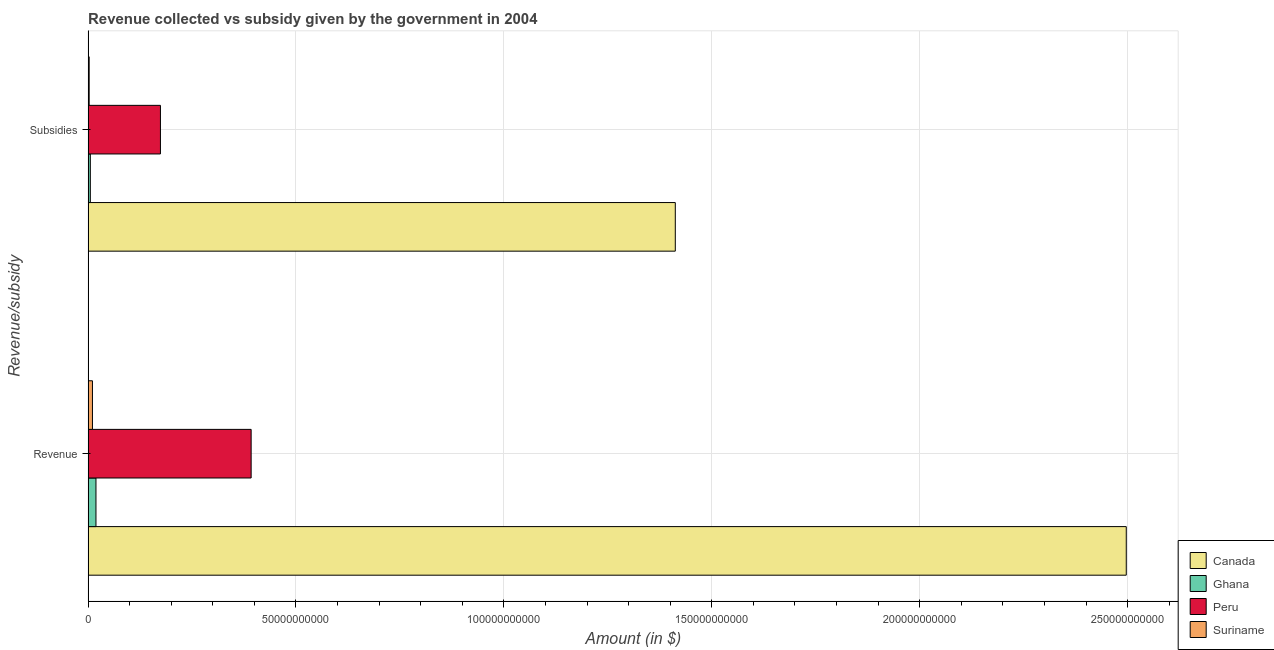
| Revenue/subsidy | Canada | Ghana | Peru | Suriname |
 | --- | --- | --- | --- | --- |
 | Revenue | 2.5e+11 | 1.89e+09 | 3.92e+10 | 1.05e+09 |
 | Subsidies | 1.41e+11 | 5.37e+08 | 1.74e+10 | 2.61e+08 |